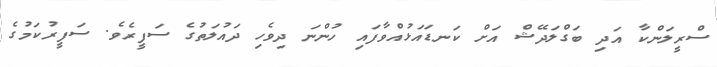
ސްރީލަންކާ އަދި ބަގްލަދޭޝް އަށް ކަނޑައަޅުއްވާފައި ހުންނަ ދިވެހި ދައުލަތުގެ ސަފީރެވެ. ސަފީރުކަމުގެ